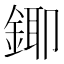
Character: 𮢄